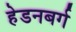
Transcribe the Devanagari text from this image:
हेडनबर्ग